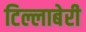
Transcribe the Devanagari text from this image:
टिल्लाबेरी